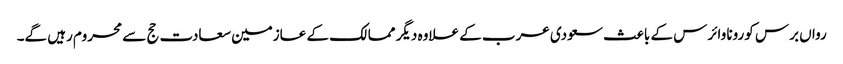
رواں برس کورونا وائرس کے باعث سعودی عرب کے علاوہ دیگر ممالک کے عازمین سعادت حج سے محروم رہیں گے۔